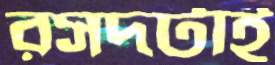
রসদটাই